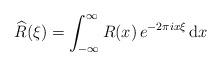
LaTeX: \begin{align*}\widehat{R}(\xi) = \int_{-\infty}^{\infty} R(x) \, e^{-2\pi i x \xi} \, \mathrm{d}x\end{align*}